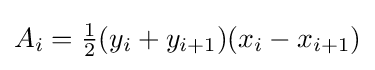
A_{i}={\tfrac {1}{2}}(y_{i}+y_{i+1})(x_{i}-x_{i+1})